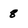
Character: 8